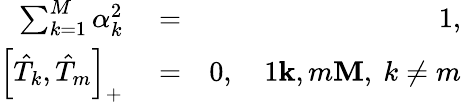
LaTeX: \begin{array}{rlr}{\sum_{k=1}^{M}\alpha_{k}^{2}}&{{}=}&{1,}\\ {\left[\hat{T}_{k},\hat{T}_{m}\right]_{+}}&{{}=}&{0,\quad 1\le k,m\le M,\ k\ne m}\end{array}